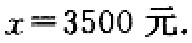
\(x = 3500 \text{ 元}.\)